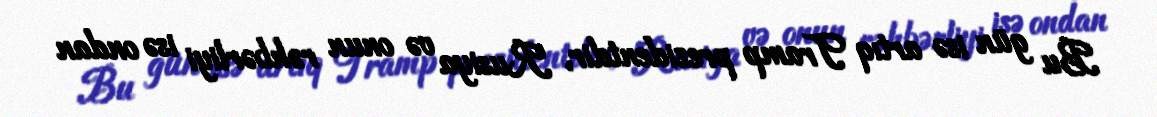
Bu gün isə artıq Tramp prezidentdir, Rusiya və onun rəhbərliyi isə ondan